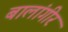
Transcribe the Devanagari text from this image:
बालांगीर